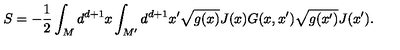
S = - \frac { 1 } { 2 } \int _ { M } d ^ { d + 1 } x \int _ { M ^ { \prime } } d ^ { d + 1 } x ^ { \prime } \sqrt { g ( x ) } J ( x ) G ( x , x ^ { \prime } ) \sqrt { g ( x ^ { \prime } ) } J ( x ^ { \prime } ) .